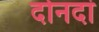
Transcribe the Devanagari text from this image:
दोनदां